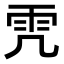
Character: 𩁸